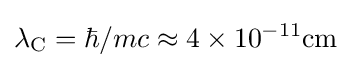
\lambda _{\rm {C}}=\hbar /mc\approx 4\times 10^{-11}\mathrm {cm}